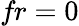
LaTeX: \textit{fr}=0